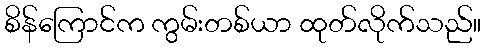
စိန်ကြောင်က ကွမ်းတစ်ယာ ထုတ်လိုက်သည်။